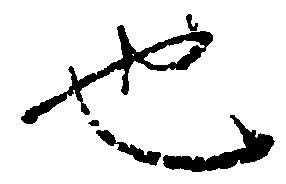
也